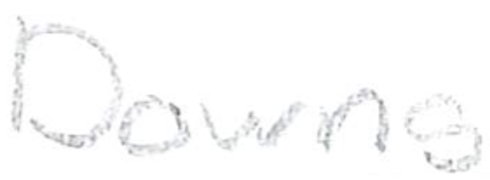
Text: Downs
Cross-out: clean
Writing tool: pencil